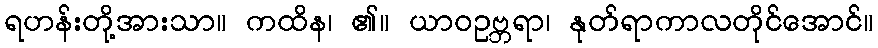
ရဟန်းတို့အားသာ။ ကထိန၊ ၏။ ယာဝဥဗ္ဘရာ၊ နုတ်ရာကာလတိုင်အောင်။